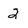
Character: 2